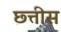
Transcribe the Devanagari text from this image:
छ्त्तीस